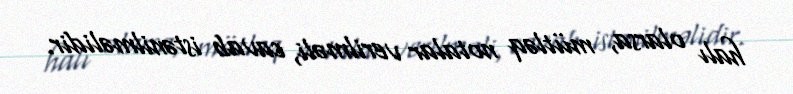
halı olarsa, mütləq notalar verilməli, cavab istənilməlidir.